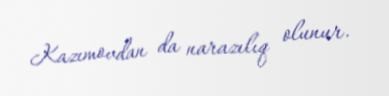
Kazımovdan da narazılıq olunur.